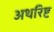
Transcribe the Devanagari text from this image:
अथरिष्ट